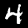
Label: 4